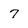
Character: 7